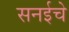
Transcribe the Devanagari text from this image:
सनईचे